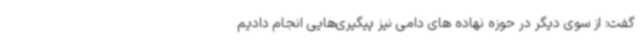
گفت: از سوی دیگر در حوزه نهاده های دامی نیز پیگیری‌هایی انجام دادیم